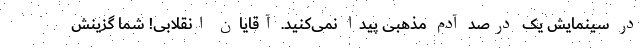
در سینمایش یک درصد آدم مذهبی پیدا نمی‌کنید. آقایان انقلابی! شما گزینش